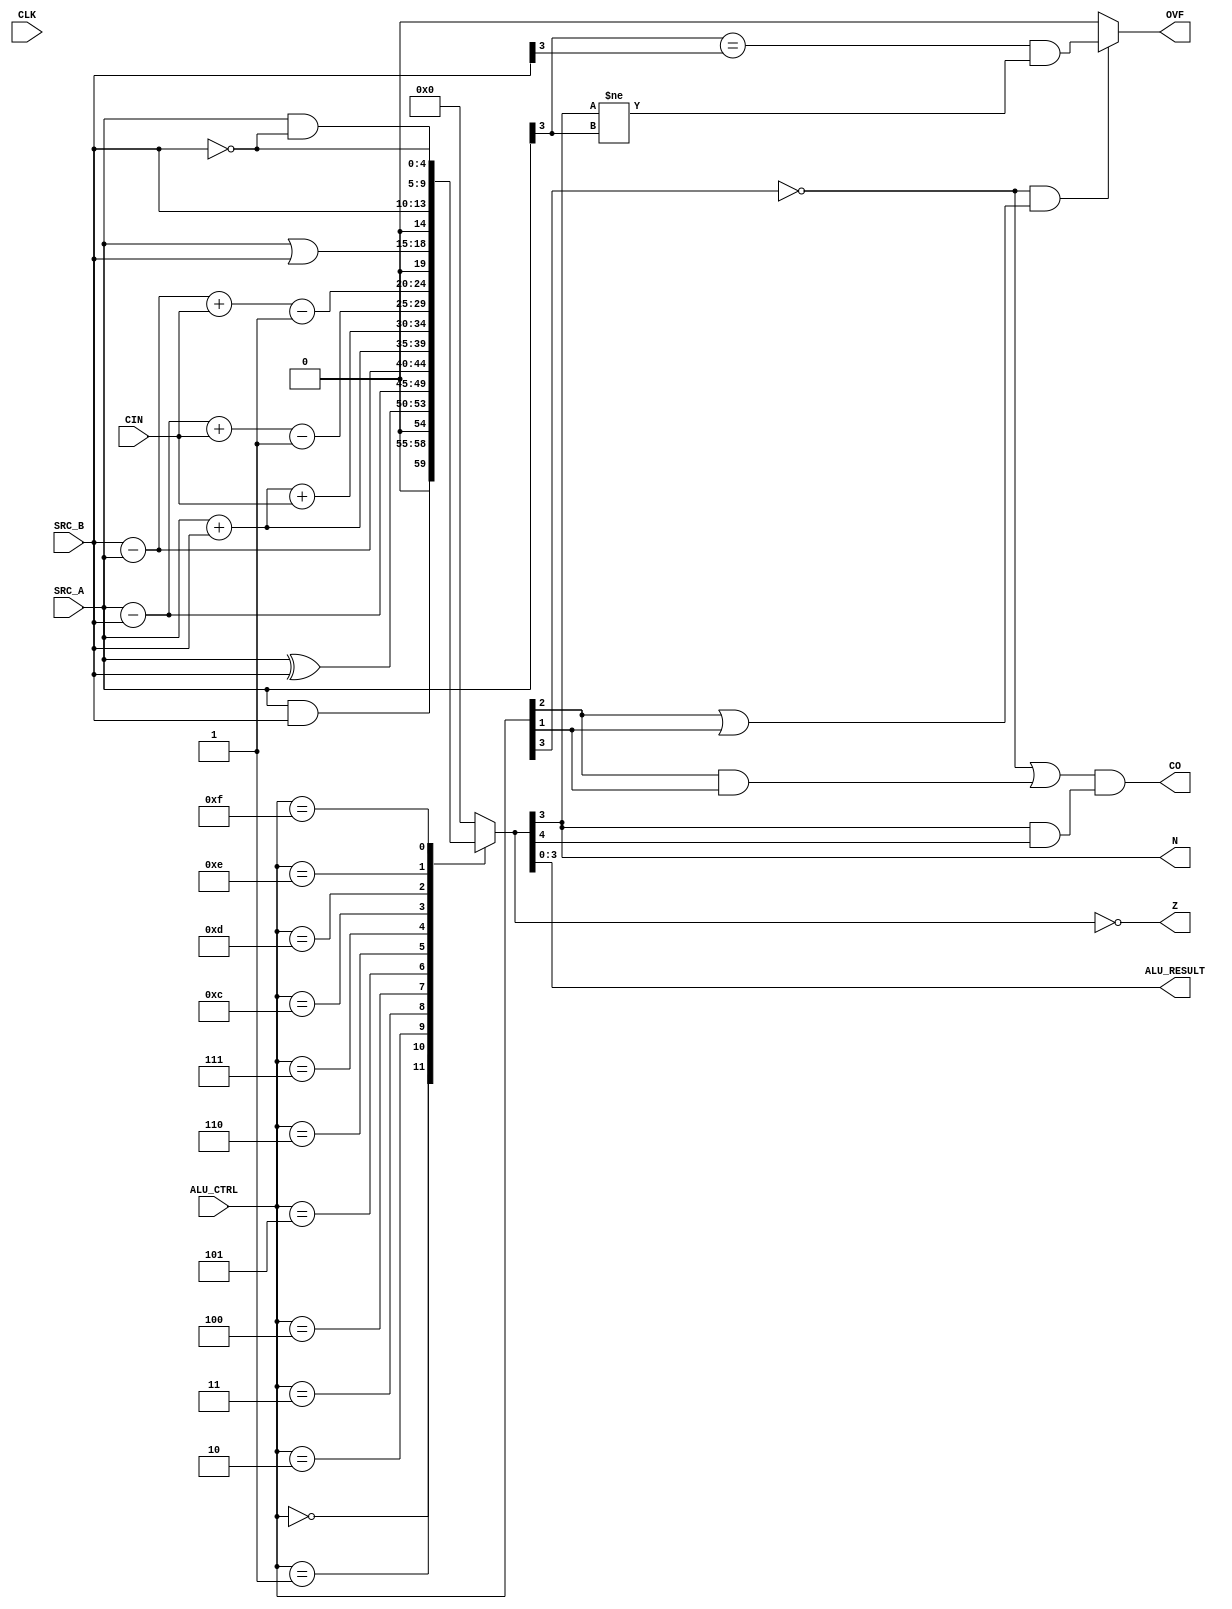
module alu #(parameter W = 4) (
  input CLK,
  input CIN,//Carry in
	input [3:0] ALU_CTRL,
	input [W-1:0] SRC_A,SRC_B,
  output reg CO,OVF,Z,N,
	output [W-1:0] ALU_RESULT
);
reg [W:0] PRE_RESULT;
assign ALU_RESULT =  PRE_RESULT[W-1:0];
always @(*) begin


  case (ALU_CTRL)
    4'b0000: PRE_RESULT <= SRC_A & SRC_B; // AND
    4'b0001: PRE_RESULT <= SRC_A ^ SRC_B; // EXOR
    4'b0010: PRE_RESULT <= SRC_A - SRC_B; // Subtraction SRC_A - SRC_B
    4'b0011: PRE_RESULT <= SRC_B - SRC_A; // Subtraction SRC_B - SRC_A
    4'b0100: PRE_RESULT <= SRC_A + SRC_B; // Addition SRC_A + SRC_B
    4'b0101: PRE_RESULT <= SRC_A + SRC_B + CIN; // Addition with Carry
    4'b0110: PRE_RESULT <= SRC_A - SRC_B + CIN - 1; // Subtraction SRC_A - SRC_B + Carry - 1
    4'b0111: PRE_RESULT <= SRC_B - SRC_A + CIN - 1; // Subtraction SRC_B - SRC_A + Carry - 1
    4'b1100: PRE_RESULT <= SRC_A | SRC_B; // OR
    4'b1101: PRE_RESULT <= SRC_B; // Move SRC_B
    4'b1110: PRE_RESULT <= SRC_A & ~SRC_B; // Bit Clear SRC_A AND NOT SRC_B
    4'b1111: PRE_RESULT <= ~SRC_B; // Move Not SRC_B
    default: PRE_RESULT <= 0; // Default case
    //4'b1000: PRE_RESULT <= PRE_RESULT; // Default case
  endcase
  

  CO <= ((~ALU_CTRL[3]) | (ALU_CTRL[2]  & ALU_CTRL[1])) & (PRE_RESULT[W-1] & PRE_RESULT[W]);   //ALU_CTRL[3]&~ALU_CTRL[2]&~ALU_CTRL[1]&~ALU_CTRL[0]
  OVF <= ((~ALU_CTRL[3]) & (ALU_CTRL[2] | ALU_CTRL[1])) ? ((SRC_A[W-1] == SRC_B[W-1]) & (PRE_RESULT[W-1] != SRC_A[W-1])) : 0;
  Z <= (PRE_RESULT == 0);
  N <= PRE_RESULT[W-1];
  

end

endmodule